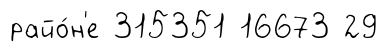
райо́н'е 315351 16673 29